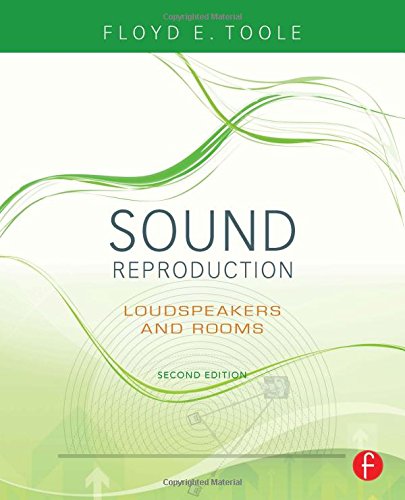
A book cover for Sound Reproduction: The Acoustics and Psychoacoustics of Loudspeakers and Rooms; Floyd Toole; Science & Math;